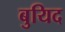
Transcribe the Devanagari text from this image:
बुयिद